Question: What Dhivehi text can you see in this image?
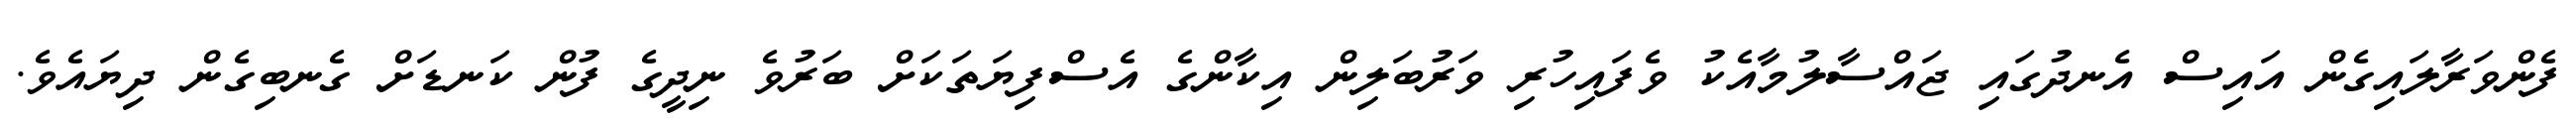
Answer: ފެންވަރާލައިގެން އައިސް އެނދުގައި ޖައްސާލުމާއެކު ވެފައިހުރި ވަރުބަލިން އިކާންގެ އެސްފިޔަތަކަށް ބަރުވެ ނިދީގެ ފުން ކަނޑަށް ގެނބިގެން ދިޔައެވެ.